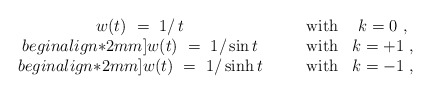
\begin{align*} \begin{array}{cccc} w(t)~=~1/\,t & \quad & \mbox{with} & k = 0~, \\begin{align*}2mm] w(t)~=~1/\sin t & \quad & \mbox{with} & k = +1~, \\begin{align*}2mm] w(t)~=~1/\sinh t & \quad & \mbox{with} & k = -1~, \end{array}\end{align*}